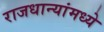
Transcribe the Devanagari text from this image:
राजधान्यांमध्ये